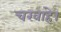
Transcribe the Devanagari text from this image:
चरवाहे।